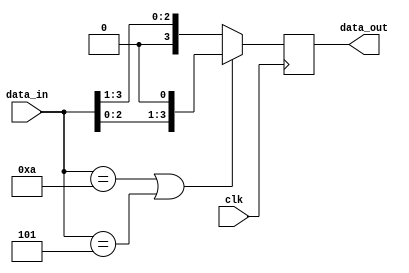
module behavioral_block(
    input [3:0] data_in,
    input clk,
    output reg [3:0] data_out
);

always @(posedge clk) begin
    if(data_in == 4'b1010 || data_in == 4'b0101) begin
        data_out <= data_in << 1; // Shift left by 1 if data_in is 1010 or 0101
    end 
    else begin
        data_out <= data_in >> 1; // Shift right by 1 for all other cases
    end
end

endmodule